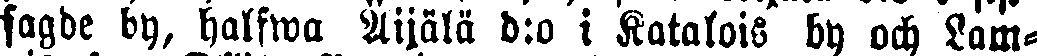
sagde by, halfwa Äijälä d:o i Katalois by och Lam-